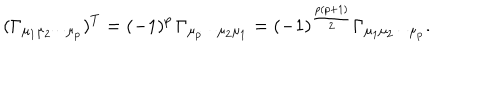
LaTeX: ( \Gamma _ { \mu _ { 1 } \mu _ { 2 } \cdots \mu _ { p } } ) ^ { T } = ( - 1 ) ^ { p } \, \Gamma _ { \mu _ { p } \cdots \mu _ { 2 } \mu _ { 1 } } = ( - 1 ) ^ { \frac { p ( p + 1 ) } { 2 } } \Gamma _ { \mu _ { 1 } \mu _ { 2 } \cdots \mu _ { p } } .